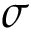
\sigma